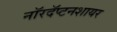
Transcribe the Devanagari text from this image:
नॉरदॅप्टनशायर